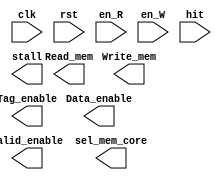
// Cache Control

module Cache_Control ( 
					   clk,
					   rst,
					   // input
					   en_R,
					   en_W,
					   hit,
					   // output
					   Read_mem,
					   Write_mem,
					   Valid_enable,
					   Tag_enable,
					   Data_enable,
					   sel_mem_core,
					   stall
					   );
	
	input clk, rst;
	input en_R;
	input en_W;
    input hit;
	
	output Read_mem;
	output Write_mem;
	output Valid_enable;
	output Tag_enable;
	output Data_enable;
	output sel_mem_core;		// 0 data from mem, 1 data from core
	output stall;
	
	// write your code here
	
endmodule